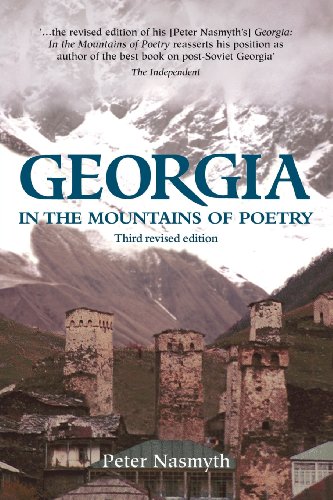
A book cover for Georgia: In the Mountains of Poetry (Caucasus World: Peoples of the Caucasus); Peter Nasmyth; Travel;